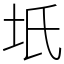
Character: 坁